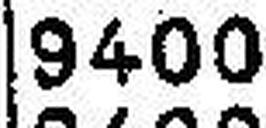
9400